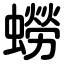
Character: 蟧